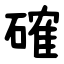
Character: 確